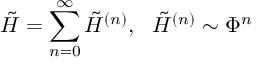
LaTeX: \tilde { H } = \sum _ { n = 0 } ^ { \infty } \tilde { H } ^ { ( n ) } , ~ ~ \tilde { H } ^ { ( n ) } \sim \Phi ^ { n }